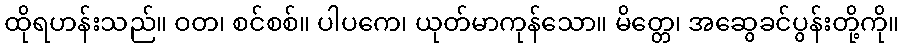
ထိုရဟန်းသည်။ ဝတ၊ စင်စစ်။ ပါပကေ၊ ယုတ်မာကုန်သော။ မိတ္တေ၊ အဆွေခင်ပွန်းတို့ကို။